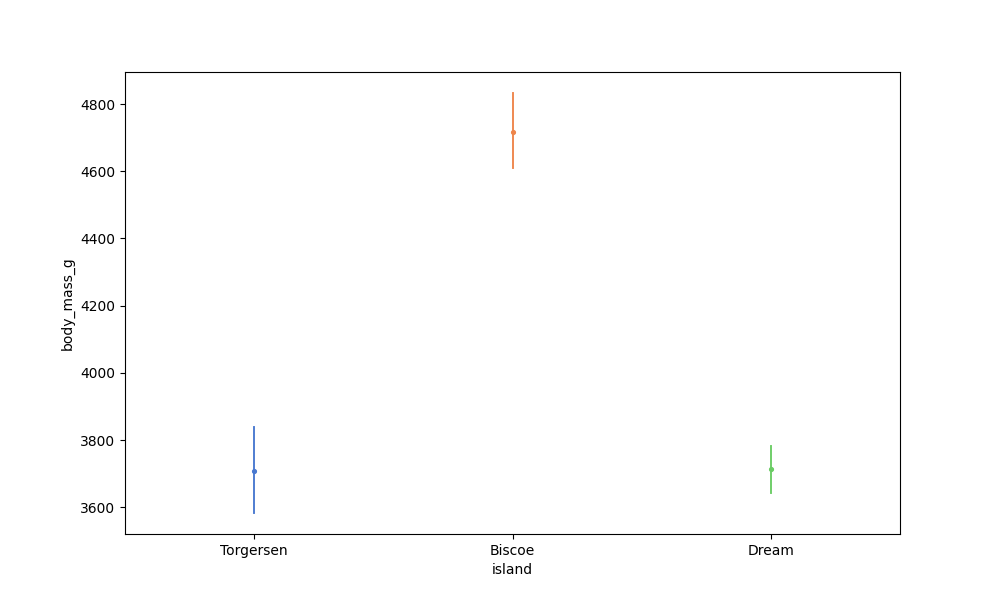
python, seaborn, pointplot, scale=0.5, join=True, hue='None', palette='muted'